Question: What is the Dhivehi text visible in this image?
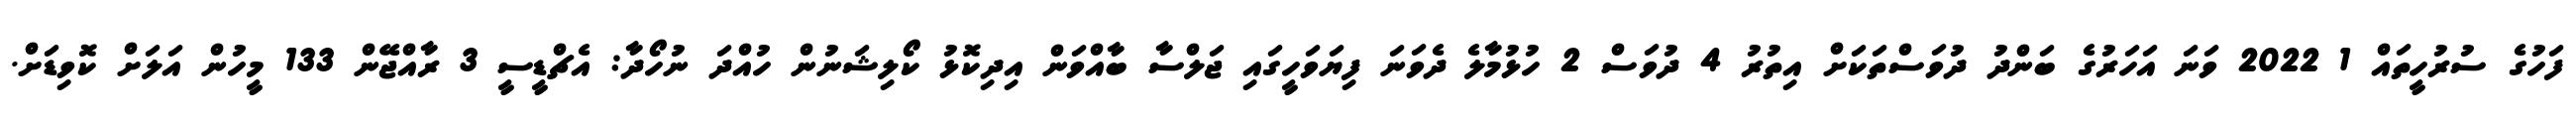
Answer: ފަހުގެ ސުރުހީތައް 1 2022 ވަނަ އަހަރުގެ ބަންދު ދުވަސްތަކަށް އިތުރު 4 ދުވަސް 2 ހުޅުމާލެ ދެވަނަ ފިޔަވަހީގައި ޖަލްސާ ބާއްވަން އިދިކޮޅު ކޯލިޝަނުން ހުއްދަ ނުހޯދާ: އެޗްޑީސީ 3 ރާއްޖޭން 133 މީހުން އަލަށް ކޮވިޑަށް.